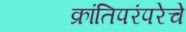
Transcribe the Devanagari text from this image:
क्रांतिपरंपरेचे